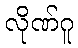
လိုဏ်ဂူ